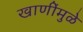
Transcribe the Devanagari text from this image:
खाणींमुळे